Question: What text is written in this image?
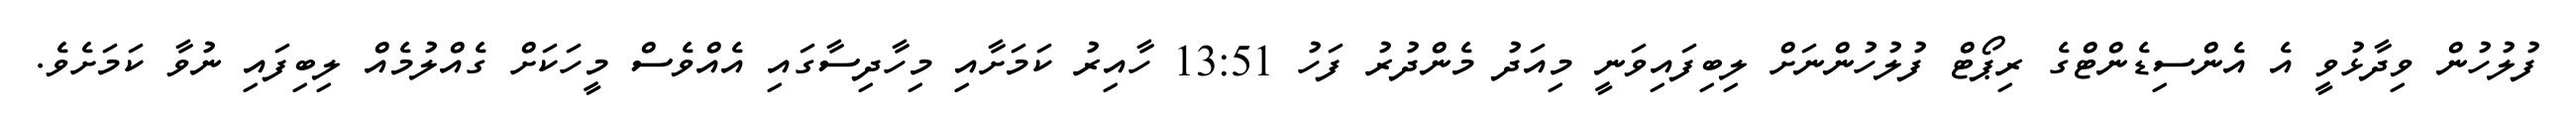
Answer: ފުލުހުން ވިދާޅުވީ އެ އެންސިޑެންޓްގެ ރިޕޯޓް ފުލުހުންނަށް ލިބިފައިވަނީ މިއަދު މެންދުރު ފަހު 13:51 ހާއިރު ކަމަށާއި މިހާދިސާގައި އެއްވެސް މީހަކަށް ގެއްލުމެއް ލިބިފައި ނުވާ ކަމަށެވެ.